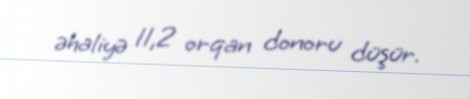
əhaliyə 11,2 orqan donoru düşür.